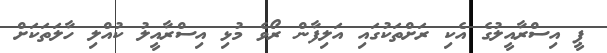
ޕީ އިސްރާއީލުގެ އެކި ރަށްތަކުގައި އަލިފާން ރޯވެ މުޅި އިސްރާއީލު ކުއްލި ހާލަތަކަށް